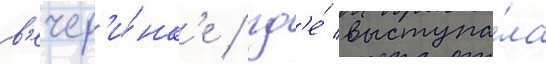
в'ечер'и́нк'е / гд'е́ выступа́ла